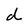
Character: d